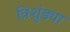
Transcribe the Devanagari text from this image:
त्रिशुंड्या